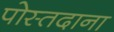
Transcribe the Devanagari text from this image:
पोस्तदाना